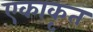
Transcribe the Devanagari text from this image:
एकाकृत